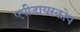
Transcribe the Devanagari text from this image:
एपीडायस्कोप